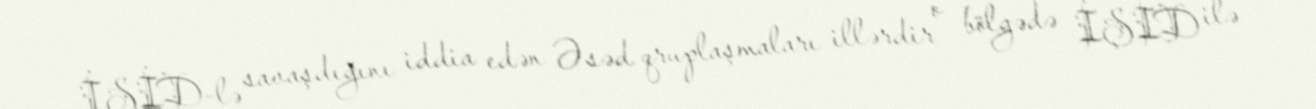
İŞİD-lə savaşdığını iddia edən Əsəd qruplaşmaları illərdir o bölgədə İŞİD ilə